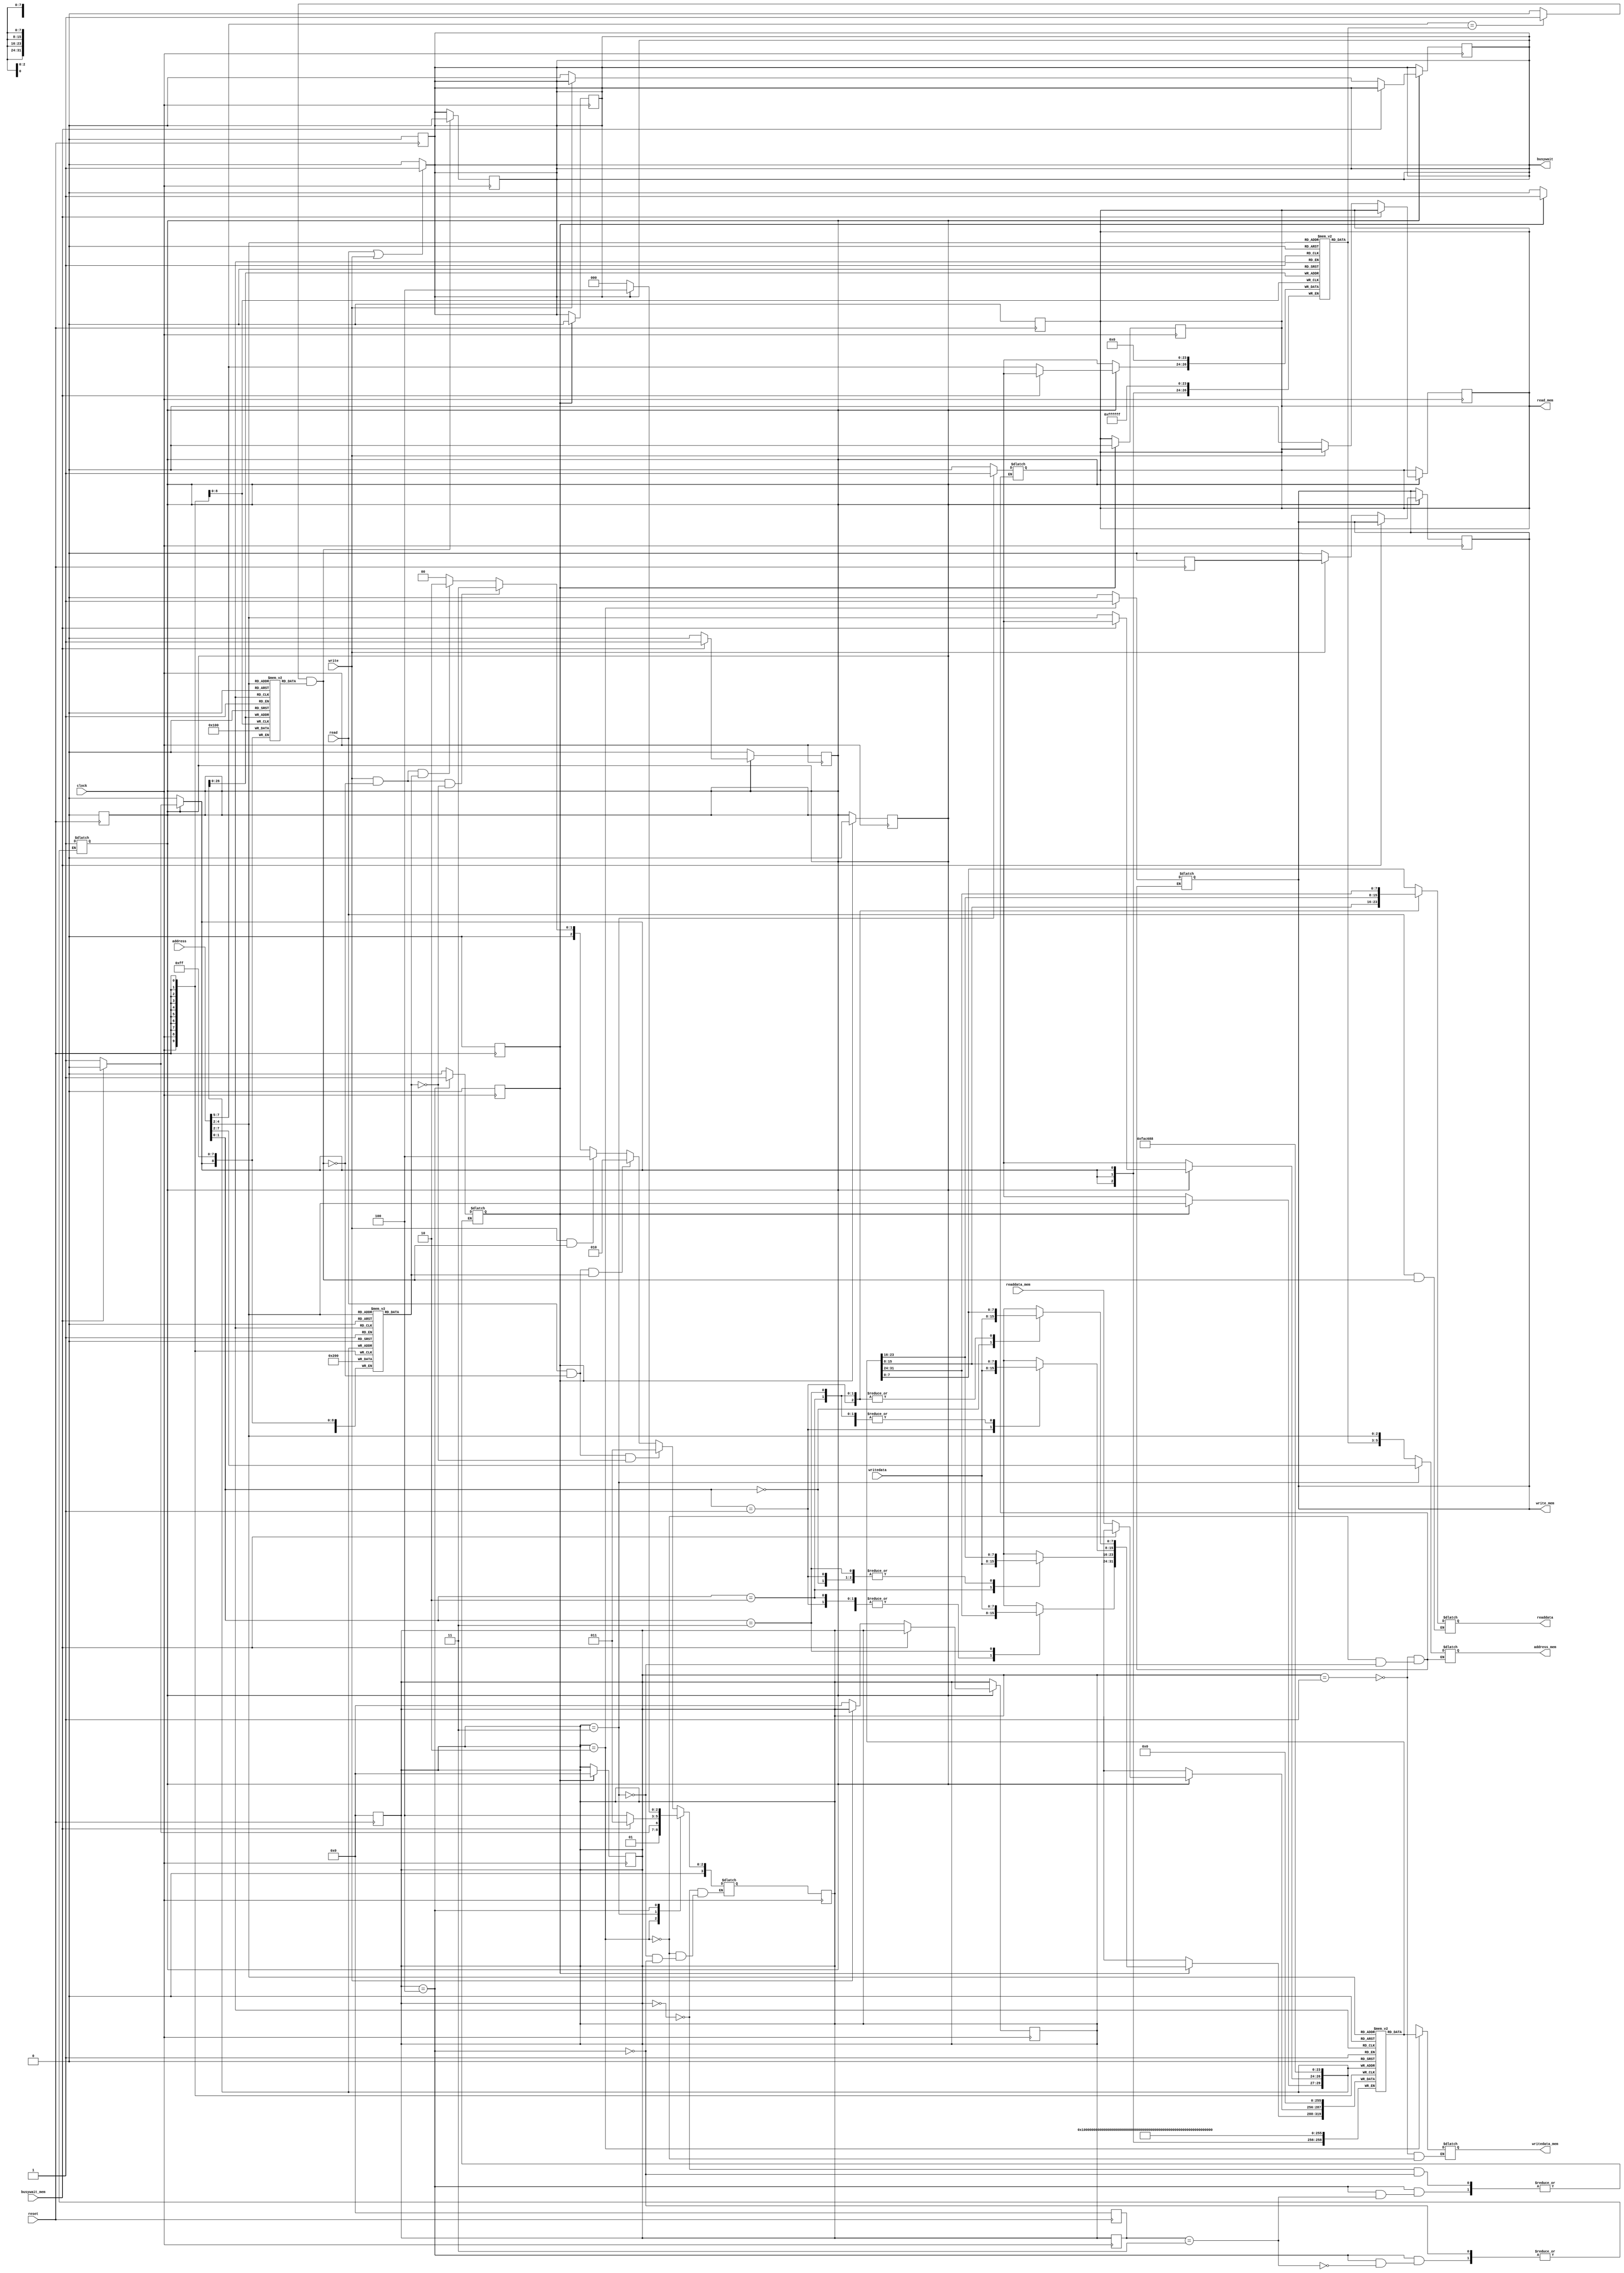
module cache_memory(clock,
				    reset,
				    read,
				    write,
				    address,
				    writedata,
				    readdata,
				    busywait,
				    read_mem,write_mem,address_mem,writedata_mem,readdata_mem,busywait_mem);

	//inputs and outputs for cache memory
	input clock, reset, read, write;
	input [7:0] address, writedata;
	output reg [7:0] readdata;
	output reg busywait;
	// Input output for datamemory

	output read_mem,write_mem;
	input busywait_mem;
	input [31:0] readdata_mem;
	output reg [31:0] writedata_mem;
	output reg [5:0] address_mem;
	
	//Array defining
	reg [31:0] cache [7:0];
	reg [2:0] tag [7:0];
	reg valid [7:0];
	reg dirty [7:0];

	wire valid_bit, dirty_bit,tag_comparison;
	wire [31:0] block;
	wire [2:0] index,tag_bits,tag_in;
	wire [1:0] offset;
	wire [7:0] word1,word2,word3,word4;

	//extract tag, index and offset from address
	assign {tag_in,index,offset} = address;
	// get validity , dirty , tag ,and cache block for current inputs
	assign #1 {valid_bit, dirty_bit, tag_bits, block} = {valid[index], dirty[index], tag[index], cache[index]};
	// compare that given tag with tag in cache
	assign #0.9 tag_comparison = (tag_in == tag_bits)?1 : 0;
	//extract words from current block
	assign #1 {word4, word3, word2, word1} = block;

	wire hit;
	// check for hit
	assign hit = tag_comparison & valid_bit;

	reg read_mem,write_mem;
	wire [31:0] readdata_mem;
	wire busywait_mem;

	//assign busywait if cache memory or data memory on work
	always @(read, write)
	begin
		busywait = (read || write)? 1 : 0;
	end

	//rading values in cache
	always @(*)
	begin
	if(read && hit)begin
		case(offset)
			2'd0:	#1 readdata = word1;
			2'd1:	#1 readdata = word2;
			2'd2:	#1 readdata = word3;
			2'd3:	#1 readdata = word4;
		endcase
	end
	end


	always @(posedge clock) begin
		//zero the busywait if work is done
		if(hit) begin
			busywait = 1'b0;
		end
		//set states forward
		pre_state = state;
		state = next_state;
	end

	reg [31:0] tmp = 32'd0;
	reg write_word,write_block;
	integer l=0;
	//write onr word to cache
	always @(posedge clock) begin
		#0.9;
		if(write_word) begin
			l++;
			tmp = cache[index];
			case(offset)
			2'd0:	tmp [7:0] = writedata;
			2'd1:	tmp [15:8] = writedata;
			2'd2:	tmp [23:16] = writedata;
			2'd3:	tmp [31:24] = writedata;
			endcase
			cache[index] = tmp;
			dirty[index] = 1;

			//set values to inial state
			write_word = 1'b0;
			write_block = 1'b0;
			busywait =1'b0;
			state = INTIAL;
			read_mem = 0;
			//write_mem = 0;
		end
	end

	// write a block to cache
	always @(posedge clock) begin
		#1;
		if(write_block)begin
			if(!busywait_mem) begin
				
				tag[index] = tag_in;
				cache[index] = readdata_mem;
				dirty[index] = 0;
				valid[index] = 1;
				//set values to inial state if it is not a write
				if(!write)begin
					busywait = 0;
					state = INTIAL;
					read_mem = 0;
					write_mem = 0;
				end
				write_block = 1'b0;
			end
		end
	end

	//State machine//
	//assign parameters for states
	parameter INTIAL=4'd0,READ_CACHE = 4'd1,WRITE_MEMORY=4'd2,READ_MEMORY=4'd3,WRITE_CACHE=4'd4;
	reg [3:0] state,next_state,pre_state;

	always @(*)
	begin
	// handle next state with time
	case(state)
		//initial state
		INTIAL:begin
			if(read && !hit && !dirty_bit)
				next_state = READ_MEMORY;
			else if(read && !hit && dirty_bit)
				next_state = WRITE_MEMORY;
			else if(write && hit)
				next_state = WRITE_CACHE;
			else if(write && !hit && !dirty_bit)
				next_state = READ_MEMORY;
			else if(write && !hit && dirty_bit)
				next_state = WRITE_MEMORY;
			else
				next_state = INTIAL;
		end
		// write memory state
		WRITE_MEMORY:begin
			if(!busywait_mem)
				next_state = READ_MEMORY;
			else
				next_state = WRITE_MEMORY;
		end
		//read memory state
		READ_MEMORY:begin
			if(!busywait_mem)
				next_state = WRITE_CACHE;
			else
				next_state = READ_MEMORY;
		end
		//write cache state
		WRITE_CACHE:begin
			if(!busywait)
				next_state = INTIAL;
			else
				next_state = WRITE_CACHE;
		end
	endcase
	end

	//assign control signals according to states
	always @(*)
	begin
	case(state)
		//intial state
		INTIAL: write_word =1'b0;
		//cache read state
		READ_CACHE:begin
			read_mem = 0;
			write_mem = 0;
			address_mem = 8'dx;
			writedata_mem = 8'dx;
		end
		//write cache state
		WRITE_MEMORY:begin
			read_mem = 0;
			write_mem = 1;
			address_mem = {tag[index],index};
			writedata_mem = cache[index];
		end
		//read cache state
		READ_MEMORY:begin
			read_mem = 1;
			write_mem = 0;
			address_mem = {tag_in,index};
		end
		//write cache state
		WRITE_CACHE:begin
			if(pre_state == READ_MEMORY)
				write_block = 1'b1;
			else
				write_word = 1'b1;
		end
	endcase
	end

	//reset the cache memory
	integer i;
	always @(posedge reset)
	begin
	    if (reset)
	    begin
	        for (i=0;i<8; i=i+1)begin
	            cache[i] = 0;
	            valid[i] = 0;
	            dirty[i] = 0;
	            tag[i] = 0;
	        end
	    end
	    //set values to initial
	    busywait = 0;
		read_mem = 0;
		write_mem = 0;
		state = INTIAL;
		pre_state = INTIAL;
		write_word =1'b0;
		write_block = 1'b0;
	end
endmodule